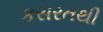
કસરતથી